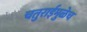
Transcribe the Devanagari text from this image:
चतुराईमुळेच